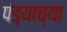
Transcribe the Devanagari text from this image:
पंड्याच्या